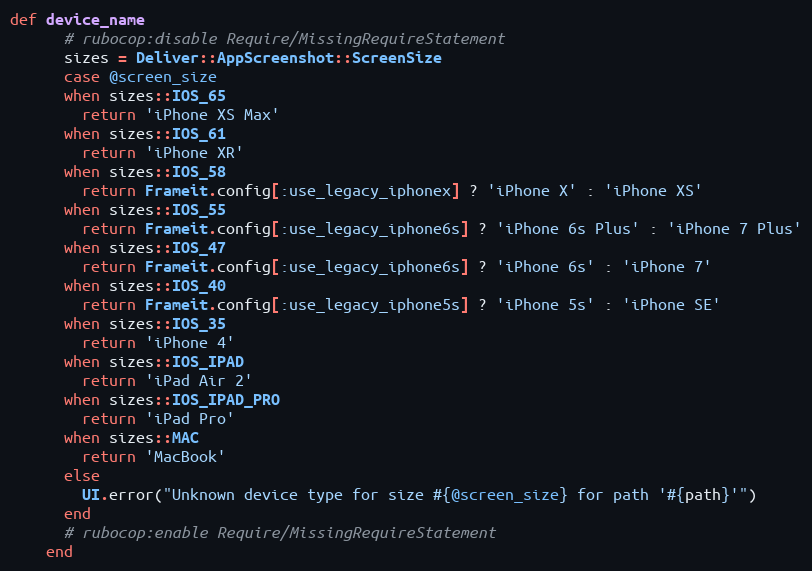
Language: Ruby
def device_name
      # rubocop:disable Require/MissingRequireStatement
      sizes = Deliver::AppScreenshot::ScreenSize
      case @screen_size
      when sizes::IOS_65
        return 'iPhone XS Max'
      when sizes::IOS_61
        return 'iPhone XR'
      when sizes::IOS_58
        return Frameit.config[:use_legacy_iphonex] ? 'iPhone X' : 'iPhone XS'
      when sizes::IOS_55
        return Frameit.config[:use_legacy_iphone6s] ? 'iPhone 6s Plus' : 'iPhone 7 Plus'
      when sizes::IOS_47
        return Frameit.config[:use_legacy_iphone6s] ? 'iPhone 6s' : 'iPhone 7'
      when sizes::IOS_40
        return Frameit.config[:use_legacy_iphone5s] ? 'iPhone 5s' : 'iPhone SE'
      when sizes::IOS_35
        return 'iPhone 4'
      when sizes::IOS_IPAD
        return 'iPad Air 2'
      when sizes::IOS_IPAD_PRO
        return 'iPad Pro'
      when sizes::MAC
        return 'MacBook'
      else
        UI.error("Unknown device type for size #{@screen_size} for path '#{path}'")
      end
      # rubocop:enable Require/MissingRequireStatement
    end